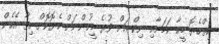
ހިތްހެޔޮ މީހާ ކަމަށާއި ނިކް އަށް ވުރެ މީހުންނަށް ހެޔޮކޮށް ހިތާ އެހެން